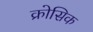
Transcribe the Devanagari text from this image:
क्रोसिक